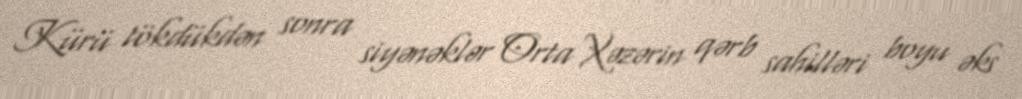
Kürü tökdükdən sonra siyənəklər Orta Xəzərin qərb sahilləri boyu əks